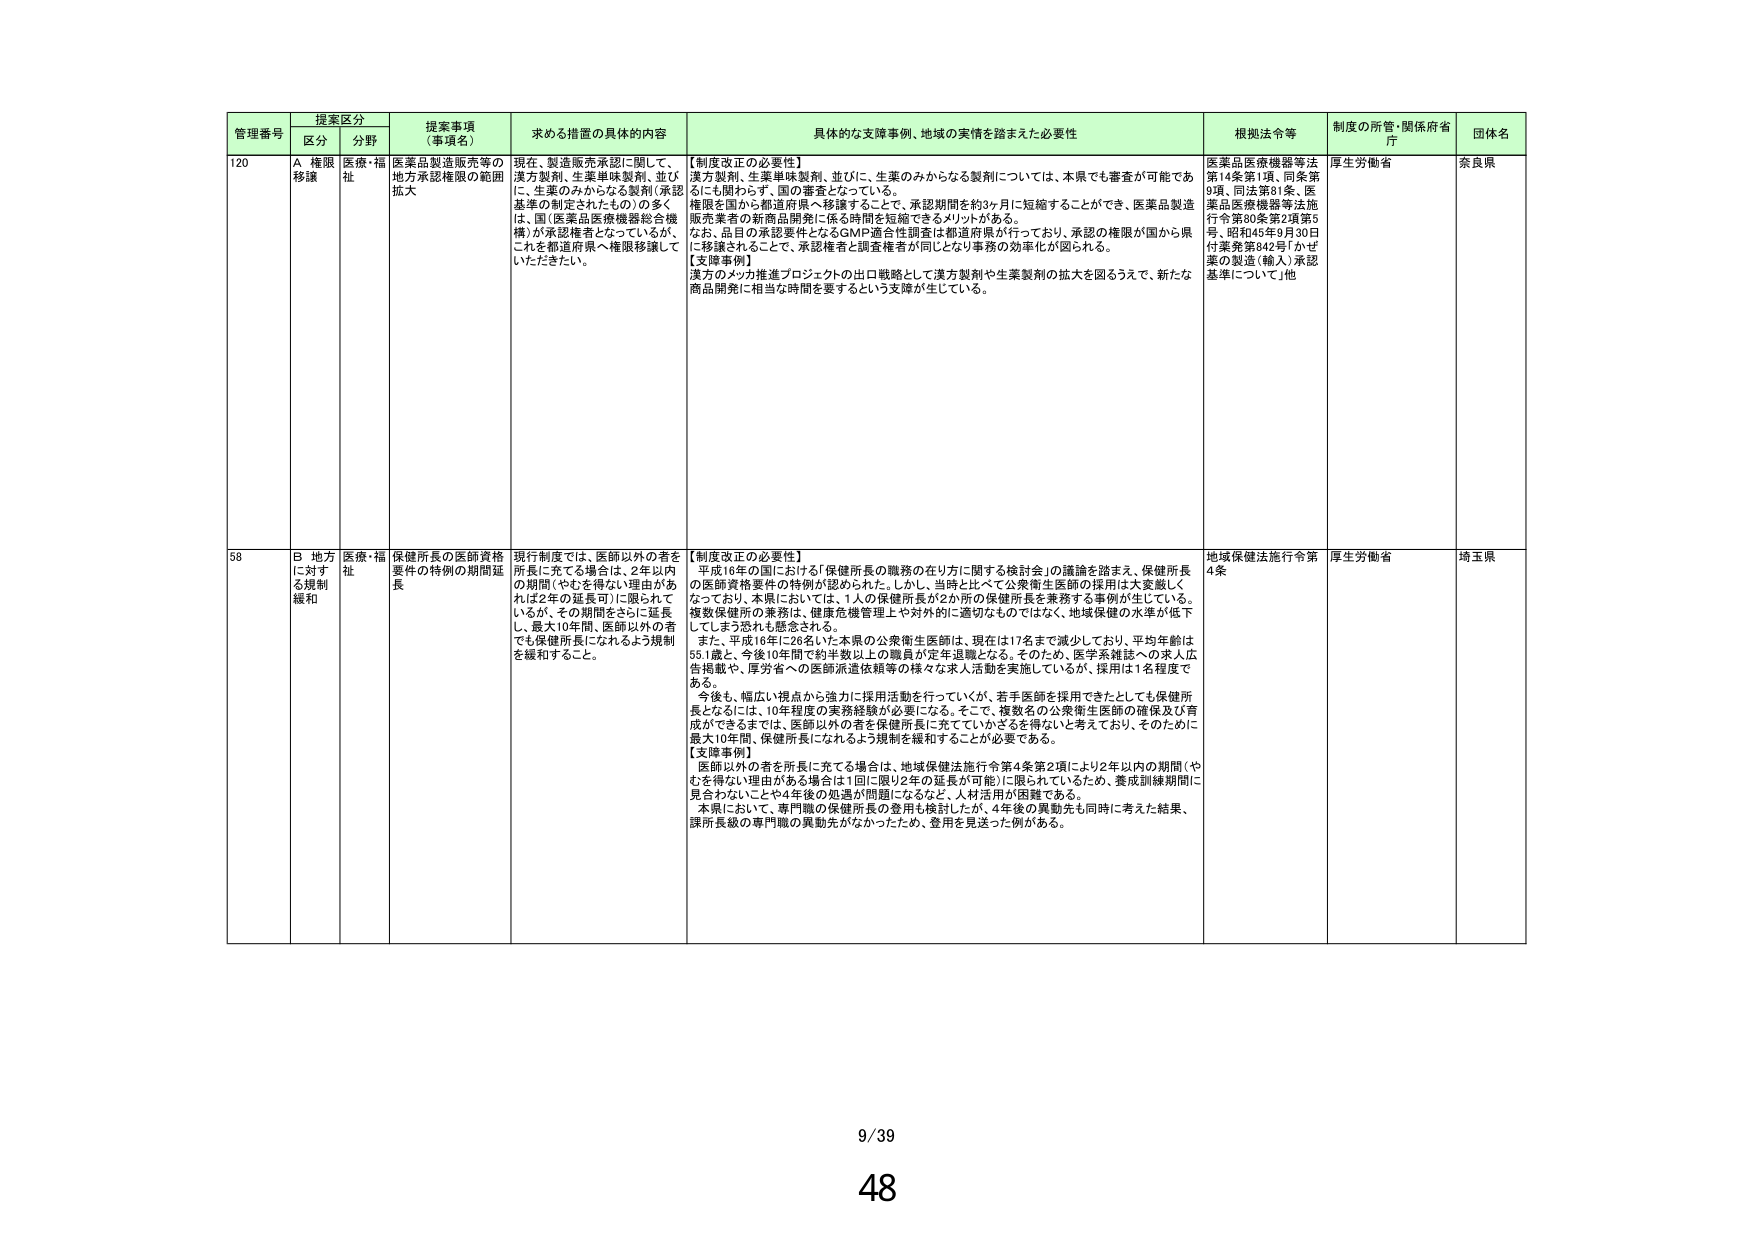
管理番号 提案区分 提案事項（事項名） 求める措置の具体的内容 具体的な支援事例、地域の実情を踏まえた必要性 根拠法令等 制度の所管・関係府省庁 団体名
区分 分野

120 A 権限移譲 医療・福祉 医薬品製造販売等の地方承認権限の範囲拡大 現在、製造販売承認に関して、漢方製剤、生薬単味製剤、並びに、生薬のみからなる製剤（承認基準の制定されたもの）の多くは、国（医薬品医療機器総合機構）が承認権者となっているが、これを都道府県へ権限移譲していただきたい。 【制度改正の必要性】 漢方製剤、生薬単味製剤、並びに、生薬のみからなる製剤については、本県でも審査が可能であるにも関わらず、国の審査となっている。 権限を国から都道府県へ移譲することで、承認期間を約3ヶ月に短縮することができ、医薬品製造販売業者の新商品開発に係る期間を短縮できるメリットがある。 なお、品目の承認要件となるGMP適合性調査は都道府県が行っており、承認の権限が国から県に移譲されることで、承認権者と調査権者が同じとなり事務の効率化が図られる。 【支援事例】 漢方のメカ推進プロジェクトの出口戦略として漢方製剤や生薬製剤の拡大を図るうえで、新たな商品開発に相当な時間を要するという支障が生じている。 医薬品医療機器等法第14条第1項、同条第9項、同法第61条、医薬品医療機器等法施行令第80条第2項第5号、昭和45年9月30日付薬発第642号「かぜ薬の製造（輸入）承認基準について」他 厚生労働省 奈良県

58 B 地方に対する規制緩和 医療・福祉 保健所長の医師資格要件の特例の期間延長 現行制度では、医師以外の者を所長に充てる場合は、2年以内の期間（やむを得ない理由があれば2年の延長可）に限られているが、その期間をさらに延長し、最大10年間、医師以外の者でも保健所長になれるよう規制を緩和すること。 【制度改正の必要性】 平成16年の国における「保健所長の職務の在り方に関する検討会」の議論を踏まえ、保健所長の医師資格要件の特例が認められた。しかし、当時と比べて公衆衛生医師の採用は大変厳しくなっており、本県においては、1人の保健所長が2か所の保健所長を兼務する事例が生じている。複数保健所の兼務は、健康危機管理上や対外的に適切なものではなく、地域保健の水準が低下してしまう恐れも懸念される。 また、平成16年に26名いた本県の公衆衛生医師は、現在は17名まで減少しており、平均年齢は55.1歳と、今後10年間で約半数以上の職員が定年退職となる。そのため、医学系雑誌への求人広告掲載や、厚労省への医師派遣依頼等の様々な求人活動を実施しているが、採用は1名程度である。 今後も、幅広い視点から強力に採用活動を行っていくが、若手医師を採用できたとしても保健所長となるには、10年程度の実務経験が必要になる。そこで、複数名の公衆衛生医師の確保及び育成ができるまでは、医師以外の者を保健所長に充てていかざるを得ないと考えており、そのために最大10年間、保健所長になれるよう規制を緩和することが必要である。 【支援事例】 医師以外の者を所長に充てる場合は、地域保健法施行令第4条第2項により2年以内の期間（やむを得ない理由がある場合は1回に限り2年の延長が可能）に限られているため、養成訓練期間に見合わないことや4年後の担当が問題になるなど、人材活用が困難である。 本県において、専門職の保健所長の登用も検討したが、4年後の異動先も同時に考えた結果、課所長級の専門職の異動先がなかったため、登用を見送った例がある。 地域保健法施行令第4条 厚生労働省 埼玉県

9/39
48